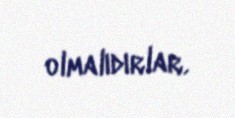
olmalıdırlar.